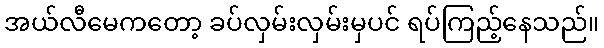
အယ်လီမေကတော့ ခပ်လှမ်းလှမ်းမှပင် ရပ်ကြည့်နေသည်။